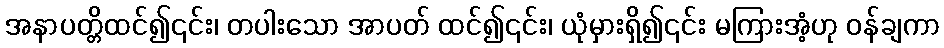
အနာပတ္တိထင်၍၎င်း၊ တပါးသော အာပတ် ထင်၍၎င်း၊ ယုံမှားရှိ၍၎င်း မကြားအံ့ဟု ဝန်ချကာ